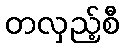
တလှည့်စီ